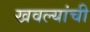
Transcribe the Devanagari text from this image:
खवल्यांची